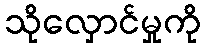
သိုလှောင်မှုကို